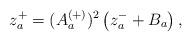
LaTeX: \begin{align*} z_a^+ = (A_a^{(+)})^2 \left( z_a^- + B_a \right),\end{align*}